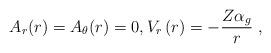
LaTeX: \begin{align*}A_r(r)=A_\theta(r)=0,V_r\left( r\right) =-\frac{Z\alpha_g }{r}\;,\end{align*}